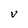
Character: V